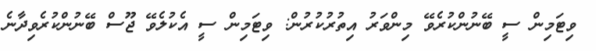
ވިޓަމިން ސީ ބޭނުންކުރެވޭ މިންވަރު އިތުރުކުރުން: ވިޓަމިން ސީ އެކުލެވޭ ޖޫސް ބޭނުންކުރެވިދާނެ